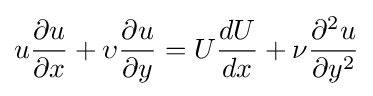
u{\partial u \over \partial x}+\upsilon {\partial u \over \partial y}=U{\frac {dU}{dx}}+{\nu }{\partial ^{2}u \over \partial y^{2}}